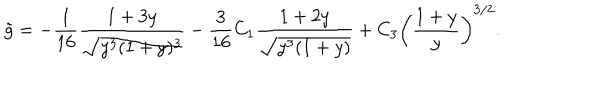
{ \tilde { g } } = - \frac { 1 } { 1 6 } \frac { 1 + 3 y } { \sqrt { y ^ { 3 } ( 1 + y ) ^ { 3 } } } - \frac { 3 } { 1 6 } C _ { 1 } \frac { 1 + 2 y } { \sqrt { y ^ { 3 } ( 1 + y ) } } + C _ { 3 } \left( \frac { 1 + y } { y } \right) ^ { 3 / 2 } .